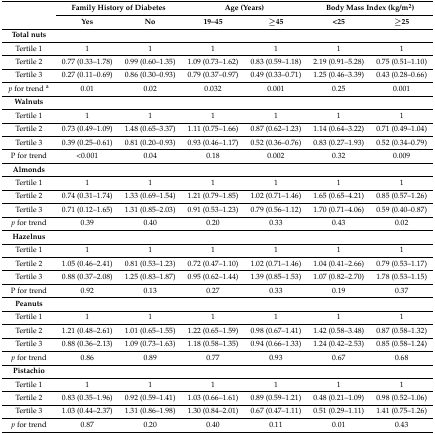
<table><thead><tr><td rowspan="2"></td><td colspan="2"><b>Family History of Diabetes</b></td><td colspan="2"><b>Age (Years)</b></td><td colspan="2"><b>Body Mass Index (kg/m<sup>2</sup>)</b></td></tr><tr><td><b>Yes</b></td><td><b>No</b></td><td><b>19–45</b></td><td><b>≥45</b></td><td><b>&lt;25</b></td><td><b>≥25</b></td></tr></thead><tbody><tr><td><b>Total nuts</b></td><td></td><td></td><td></td><td></td><td></td><td></td></tr><tr><td>Tertile 1</td><td>1</td><td>1</td><td>1</td><td>1</td><td>1</td><td>1</td></tr><tr><td>Tertile 2</td><td>0.77 (0.33–1.78)</td><td>0.99 (0.60–1.35)</td><td>1.09 (0.73–1.62)</td><td>0.83 (0.59–1.18)</td><td>2.19 (0.91–5.28)</td><td>0.75 (0.51–1.10)</td></tr><tr><td>Tertile 3</td><td>0.27 (0.11–0.69)</td><td>0.86 (0.30–0.93)</td><td>0.79 (0.37–0.97)</td><td>0.49 (0.33–0.71)</td><td>1.25 (0.46–3.39)</td><td>0.43 (0.28–0.66)</td></tr><tr><td><i>p</i> for trend <sup>a</sup></td><td>0.01</td><td>0.02</td><td>0.032</td><td>0.001</td><td>0.25</td><td>0.001</td></tr><tr><td><b>Walnuts</b></td><td></td><td></td><td></td><td></td><td></td><td></td></tr><tr><td>Tertile 1</td><td>1</td><td>1</td><td>1</td><td>1</td><td>1</td><td>1</td></tr><tr><td>Tertile 2</td><td>0.73 (0.49–1.09)</td><td>1.48 (0.65–3.37)</td><td>1.11 (0.75–1.66)</td><td>0.87 (0.62–1.23)</td><td>1.14 (0.64–3.22)</td><td>0.71 (0.49–1.04)</td></tr><tr><td>Tertile 3</td><td>0.39 (0.25–0.61)</td><td>0.81 (0.20–0.93)</td><td>0.93 (0.46–1.17)</td><td>0.52 (0.36–0.76)</td><td>0.83 (0.27–1.93)</td><td>0.52 (0.34–0.79)</td></tr><tr><td>P for trend</td><td>&lt;0.001</td><td>0.04</td><td>0.18</td><td>0.002</td><td>0.32</td><td>0.009</td></tr><tr><td><b>Almonds</b></td><td></td><td></td><td></td><td></td><td></td><td></td></tr><tr><td>Tertile 1</td><td>1</td><td>1</td><td>1</td><td>1</td><td>1</td><td>1</td></tr><tr><td>Tertile 2</td><td>0.74 (0.31–1.74)</td><td>1.33 (0.69–1.54)</td><td>1.21 (0.79–1.85)</td><td>1.02 (0.71–1.46)</td><td>1.65 (0.65–4.21)</td><td>0.85 (0.57–1.26)</td></tr><tr><td>Tertile 3</td><td>0.71 (0.12–1.65)</td><td>1.31 (0.85–2.03)</td><td>0.91 (0.53–1.23)</td><td>0.79 (0.56–1.12)</td><td>1.70 (0.71–4.06)</td><td>0.59 (0.40–0.87)</td></tr><tr><td><i>p</i> for trend</td><td>0.39</td><td>0.40</td><td>0.20</td><td>0.33</td><td>0.43</td><td>0.02</td></tr><tr><td><b>Hazelnus</b></td><td></td><td></td><td></td><td></td><td></td><td></td></tr><tr><td>Tertile 1</td><td>1</td><td>1</td><td>1</td><td>1</td><td>1</td><td>1</td></tr><tr><td>Tertile 2</td><td>1.05 (0.46–2.41)</td><td>0.81 (0.53–1.23)</td><td>0.72 (0.47–1.10)</td><td>1.02 (0.71–1.46)</td><td>1.04 (0.41–2.66)</td><td>0.79 (0.53–1.17)</td></tr><tr><td>Tertile 3</td><td>0.88 (0.37–2.08)</td><td>1.25 (0.83–1.87)</td><td>0.95 (0.62–1.44)</td><td>1.39 (0.85–1.53)</td><td>1.07 (0.82–2.70)</td><td>1.78 (0.53–1.15)</td></tr><tr><td>P for trend</td><td>0.92</td><td>0.13</td><td>0.27</td><td>0.33</td><td>0.19</td><td>0.37</td></tr><tr><td><b>Peanuts</b></td><td></td><td></td><td></td><td></td><td></td><td></td></tr><tr><td>Tertile 1</td><td>1</td><td>1</td><td>1</td><td>1</td><td>1</td><td>1</td></tr><tr><td>Tertile 2</td><td>1.21 (0.48–2.61)</td><td>1.01 (0.65–1.55)</td><td>1.22 (0.65–1.59)</td><td>0.98 (0.67–1.41)</td><td>1.42 (0.58–3.48)</td><td>0.87 (0.58–1.32)</td></tr><tr><td>Tertile 3</td><td>0.88 (0.36–2.13)</td><td>1.09 (0.73–1.63)</td><td>1.18 (0.58–1.35)</td><td>0.94 (0.66–1.33)</td><td>1.24 (0.42–2.53)</td><td>0.85 (0.58–1.24)</td></tr><tr><td><i>p</i> for trend</td><td>0.86</td><td>0.89</td><td>0.77</td><td>0.93</td><td>0.67</td><td>0.68</td></tr><tr><td><b>Pistachio</b></td><td></td><td></td><td></td><td></td><td></td><td></td></tr><tr><td>Tertile 1</td><td>1</td><td>1</td><td>1</td><td>1</td><td>1</td><td>1</td></tr><tr><td>Tertile 2</td><td>0.83 (0.35–1.96)</td><td>0.92 (0.59–1.41)</td><td>1.03 (0.66–1.61)</td><td>0.89 (0.59–1.21)</td><td>0.48 (0.21–1.09)</td><td>0.98 (0.52–1.06)</td></tr><tr><td>Tertile 3</td><td>1.03 (0.44–2.37)</td><td>1.31 (0.86–1.98)</td><td>1.30 (0.84–2.01)</td><td>0.67 (0.47–1.11)</td><td>0.51 (0.29–1.11)</td><td>1.41 (0.75–1.26)</td></tr><tr><td><i>p</i> for trend</td><td>0.87</td><td>0.20</td><td>0.40</td><td>0.11</td><td>0.01</td><td>0.43</td></tr></tbody></table>